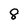
Character: 8